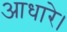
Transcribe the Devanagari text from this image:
आधारे।